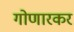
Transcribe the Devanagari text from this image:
गोणारकर